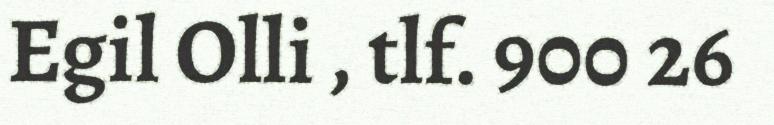
Egil Olli , tlf. 900 26